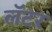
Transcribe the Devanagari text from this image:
लॅटर